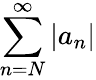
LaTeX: \sum_{n=N}^{\infty}|a_{n}|